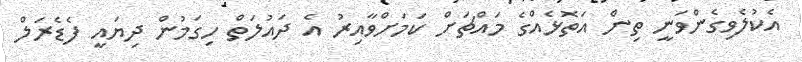
އެކުލެވިގެންވަނީ ތިން އަތޮޅެއްގެ މައްޗަށް ކަމަށްވާއިރު އެ ދައުލަތް ހިގަމުން ދިޔައީ ފެޑެރަލް